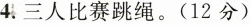
4.三人比赛跳绳。(12分)